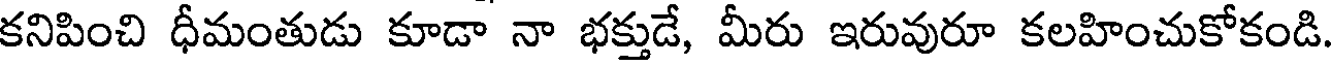
కనిపించి ధీమంతుడు కూడా నా భక్తుడే, మీరు ఇరువురూ కలహించుకోకండి.